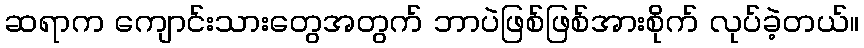
ဆရာက ကျောင်းသားတွေအတွက် ဘာပဲဖြစ်ဖြစ်အားစိုက် လုပ်ခဲ့တယ်။